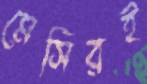
মেসিরই